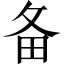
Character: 备